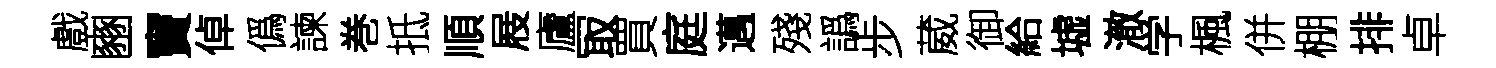
戲豳竇倬僞諫巻抵順屐廬冣買庭邁殘譌步葳御給墟澈学楓併棚排卓